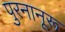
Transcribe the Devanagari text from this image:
पुरनानूरू